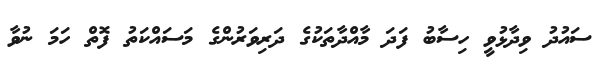
ސައުދު ވިދާޅުވީ ހިސާބު ފަދަ މާއްދާތަކުގެ ދަރިވަރުންގެ މަސައްކަތު ފޮތް ހަމަ ނުވާ